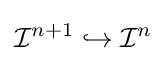
{\mathcal {I}}^{n+1}\hookrightarrow {\mathcal {I}}^{n}